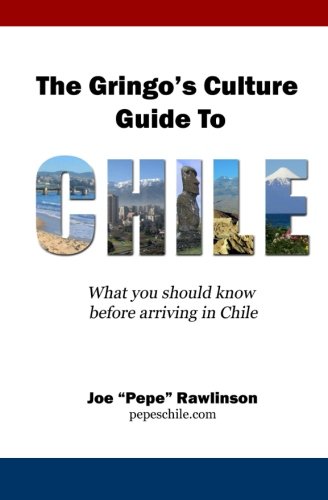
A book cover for The Gringo's Culture Guide to Chile: What you should know before arriving in Chile; Joe ''Pepe'' Rawlinson; Travel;